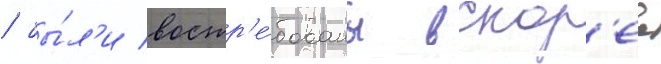
/ бы́л'и востр'е́бованы вскор'ее